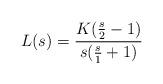
LaTeX: \begin{align*} L(s)=\frac{K(\frac{s}{2}-1)}{s(\frac{s}{1}+1)}\end{align*}